Civil Veterinary Dept. North-West Frontier Province 1901-22 - 1901-1922
Year: 1901
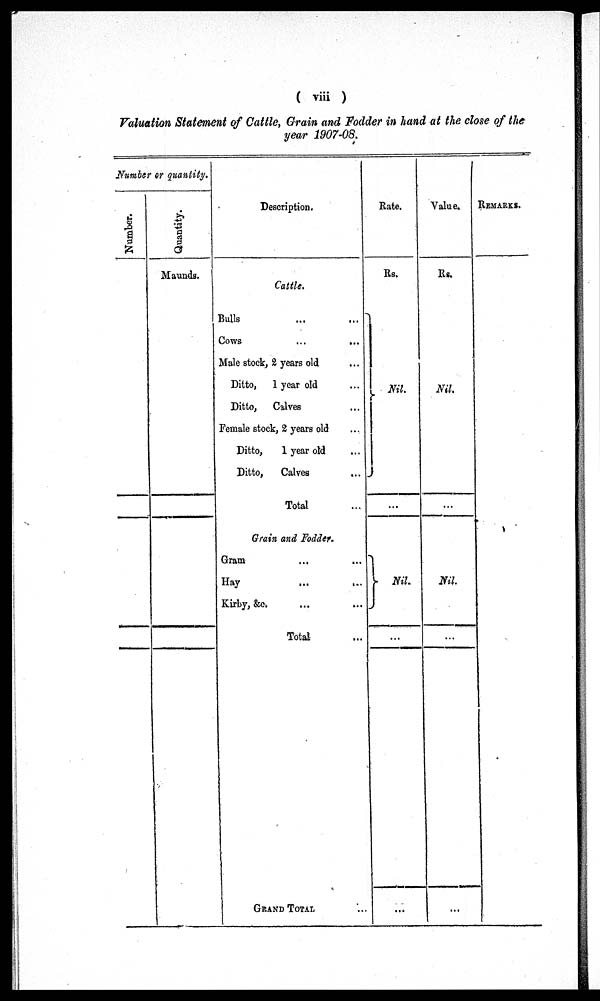
( viii )
Valuation Statement of Cattle, Grain and Fodder in hand at the close of the
year 1907-08.
Number or quantity.
Number.
Quantity.
Maunds.
Description.
Cattle.
Bulls ... ...
Cows ... ...
Male stock, 2 years old ...
Ditto, 1 year old ...
Ditto, Calves ...
Female stock, 2 years old ...
Ditto,
1 year old ...
Ditto,
Calves ...
Total ...
Grain and Fodder.
Gram ... ...
Hay ... ...
Kirby, &c. ... ...
Total ...
GRAND TOTAL ...
Rate.
Rs.
Nil.
...
Nil.
...
...
Value.
Rs.
Nil.
...
Nil.
...
...
REMARKS.